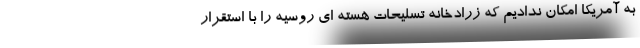
به آمریکا امکان ندادیم که زرادخانه تسلیحات هسته ای روسیه را با استقرار